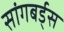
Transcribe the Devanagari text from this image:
सांगबर्ड्स